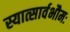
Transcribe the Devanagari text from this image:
स्यात्सार्वभौमः